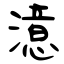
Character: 澺